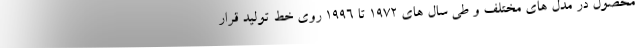
محصول در مدل های مختلف و طی سال های 1972 تا 1996 روی خط تولید قرار